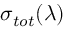
{ \sigma } _ { t o t } ( \lambda )